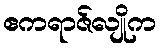
ဧကရာဇ်လျိုက